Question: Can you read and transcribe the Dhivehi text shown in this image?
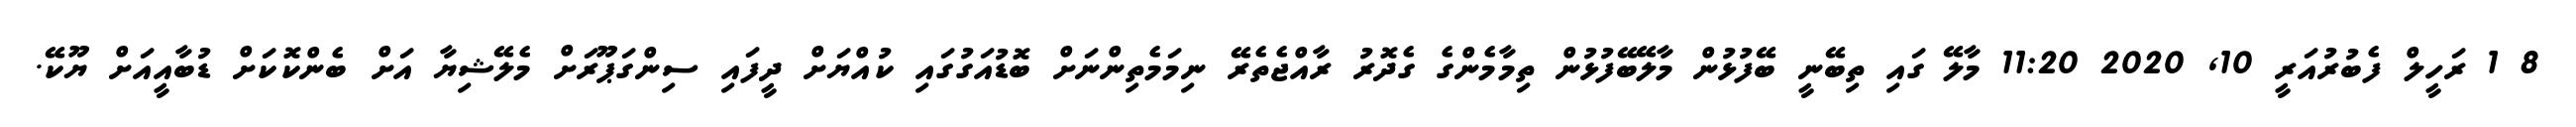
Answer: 8 1 ރަހީލް ފެބުރުއަރީ 10, 2020 11:20 މާލޭ ގައި ތިބޭނީ ބޭފުޅުން މާލޭބޭފުޅުން ތިމާމެންގެ ގެދޮރު ރާއްޖެތެރޭ ނިމަމެތިންނަށް ބޮޑުއަގުގައި ކުއްޔަށް ދީފައި ސިންގަޕޫރަށް މެލޭޝިޔާ އަށް ބެންކޮކަށް ޑުބާއީއަށް ޔޫކޭ.